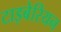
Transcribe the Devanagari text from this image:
टाइबेरियन